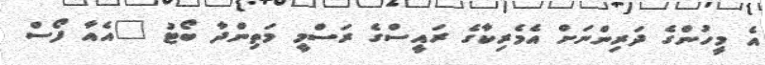
އެ މީހުންގެ ދަރިންނަށް އެމެރިކާގެ ރައީސްގެ ރަސްމީ މަތިންދާ ބޯޓު "އެއާ ފޯސް